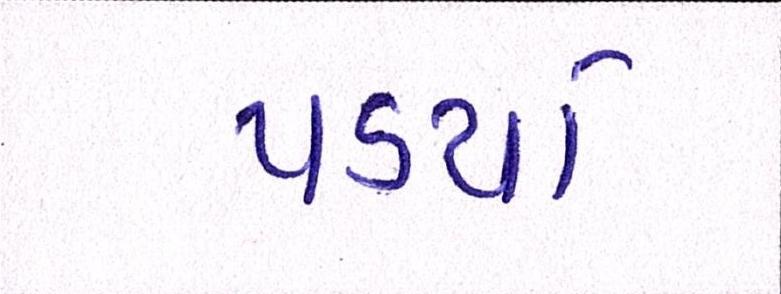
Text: પડયો